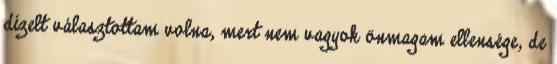
dízelt választottam volna, mert nem vagyok önmagam ellensége, de